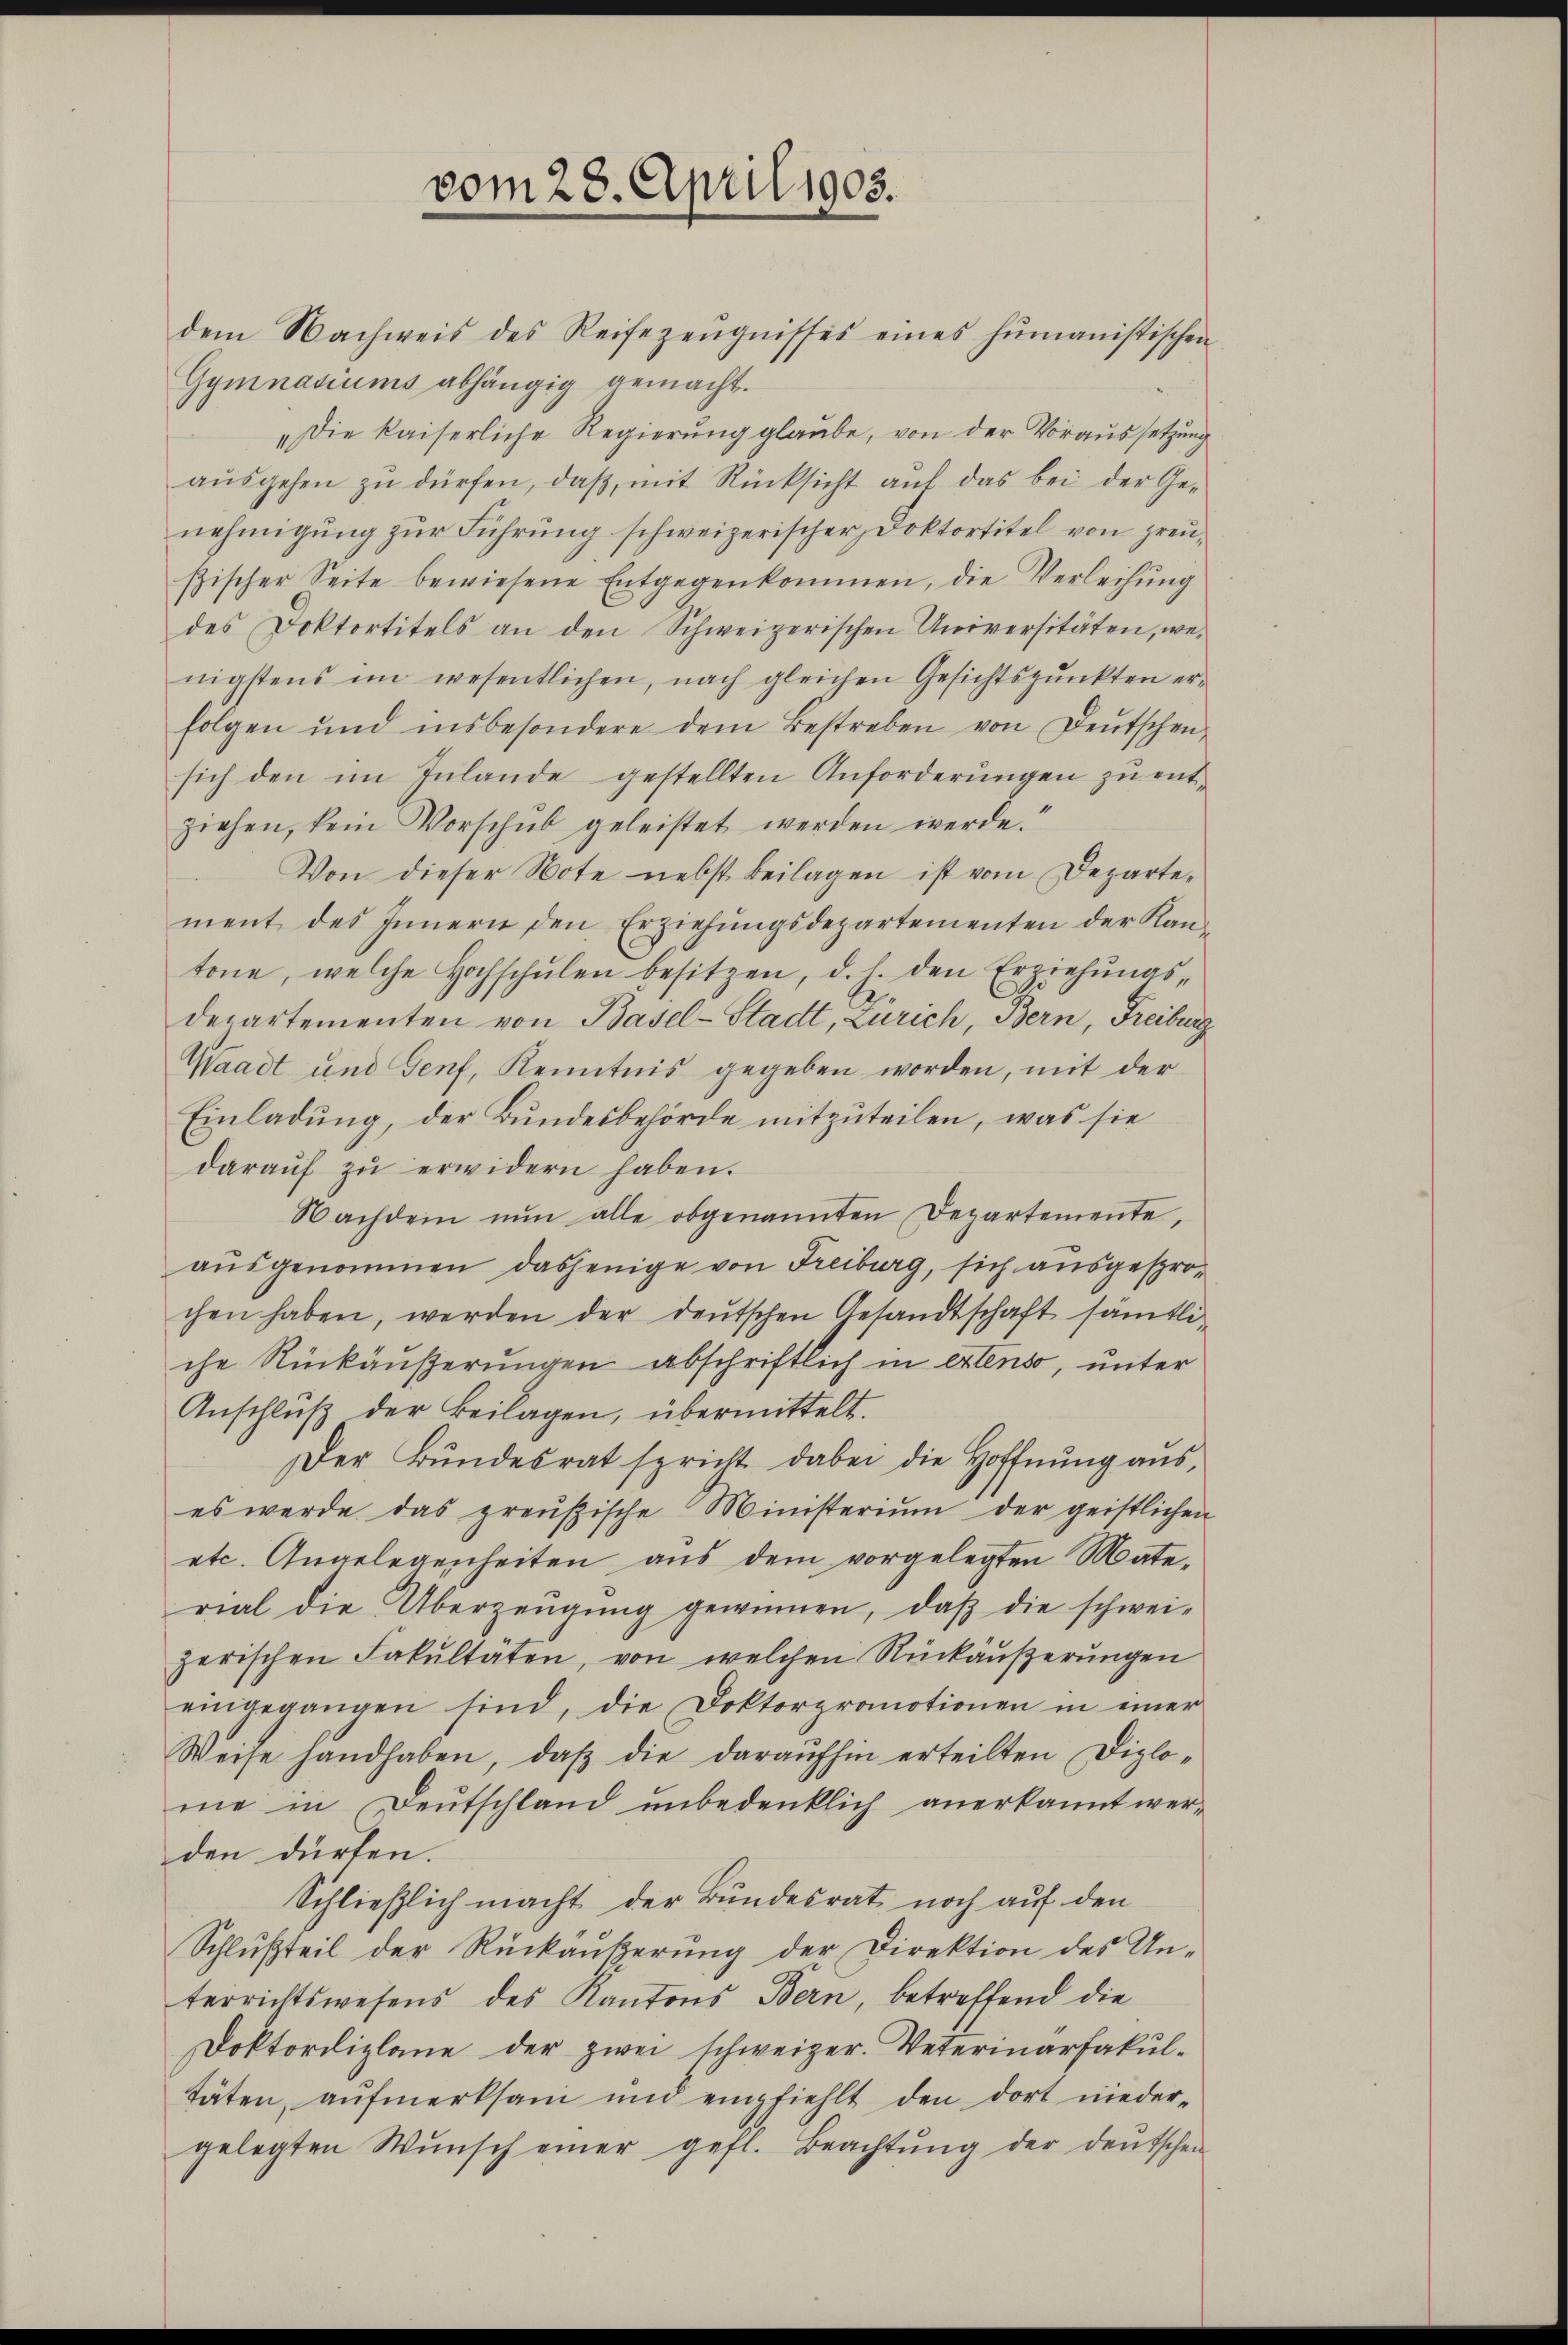
vom 28. April 1905.
dem Nachweis des Reisezeŭgnisses eines humanistischen

Gymnasiums abhängig gemacht.
„Die kaiserliche Regierung glaube, von der Voraussetzung
aŭsgehen zu dürfen, daß, mit Rücksicht auf das bei der Genehmigung zur Führung schweizerischer Doktortitel von preusischer Seite bewiesene Entgegenkommen, die Verleihung
des Doktortitels an den Schweizerischen Universitäten, wenigstens im wesentlichen, nach gleichen Gesichtspunkten er-
folgen und insbesondere dem Bestreben von deŭtschen
sich den im Inlande gestellten Anforderungen zu entziehen, kein Vorschŭb geleistet werden werde.“
Von dieser Note nebst Beilagen ist vom Departement des Innern den Erziehungsdepartementen der Kantone, welche Hochschŭlen besitzen, d. h. den Erziehŭngs-
departementen von Basel-Stadt, Zürich, Bern, Freiburg
Waadt und Genf, Kenntnis gegeben worden, mit der
Einladung, der Bundesbehörde mitzuteilen, was sie
daraŭf zŭ erwidern haben.
Nachdem nŭn alle obgenannten Departemente,
ausgenommen dasjenige von Freiburg, sich ausgesprochen haben, werden der deŭtschen Gesandtschaft sämtli-
che Rückäußerungen abschriftlich in extenso, unter
Anschlŭβ der Beilagen, übermittelt.
Der Bŭndesrat spricht dabei die Hoffnung aus,
es werde das preußische Ministerium der geistlichen
etc. Angelegenheiten aus dem vorgelegten Material die Überzeugung gewinnen, daß die schwei-
zerischen Fakultäten, von welchen Rückäußerungen
eingegangen sind, die Doktorpromotionen in einer
Weise handhaben, daß die daraufhin erteilten Diplome in Deutschland unbedenklich anerkannt werden dürfen.
Schließlich macht der Bundesrat noch auf den
Schlußteil der Rückäußerung der Direktion des Unterrichtswesens des Kantons Bern, betreffend die
Doktordiplane der zwei schweizer. Veterinarfakul-
täten, aŭfmerksam und empfiehlt den dort nieder-
gelegten Wŭnsch einer gefl. Beachtŭng der deŭtschen